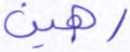
رهين